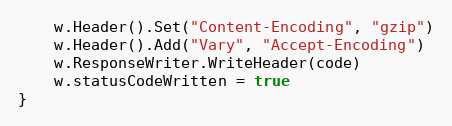
Language: Go
	w.Header().Set("Content-Encoding", "gzip")
	w.Header().Add("Vary", "Accept-Encoding")
	w.ResponseWriter.WriteHeader(code)
	w.statusCodeWritten = true
}